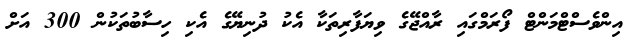
އިންވެސްޓްމަންޓް ފޯރަމްގައި ރާއްޖޭގެ ވިޔަފާރިތަކާ އެކު ދުނިޔޭގެ އެކި ހިސާބުތަކުން 300 އަށް